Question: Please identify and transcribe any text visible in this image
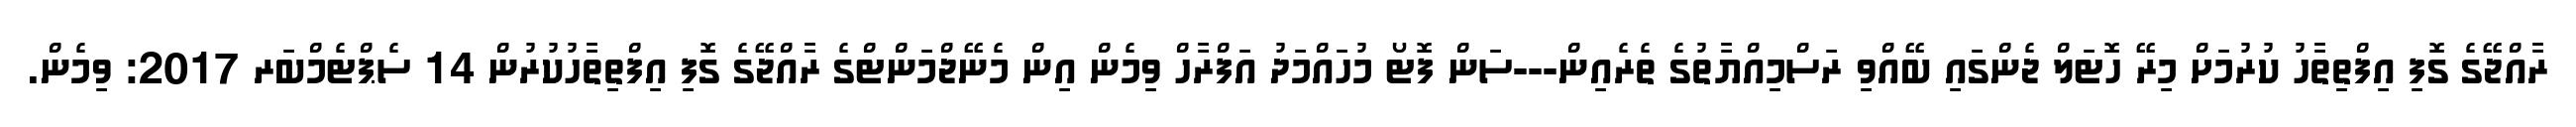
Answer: ރާއްޖޭގެ ގޮފި އިފްތިތާހު ކުރުމަށް މިރޭ ހޮޓަލް ޖެންގައި ބޭއްވި ރަސްމިއްޔާތުގެ ތެރެއިން---ސަން ފޮޓޯ މުހައްމަދު އަފްރާހް ވިމެން އިން މެނޭޖްމަންޓްގެ ރާއްޖޭގެ ގޮފި އިފްތިތާހުކުރުން 14 ސެޕްޓެމްބަރ 2017: ވިމެން.